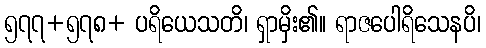
၅၇၇+၅၇၈+ ပရိယေသတိ၊ ရှာမှိး၏။ ရာဇပေါရိသေနပိ၊